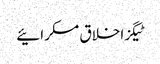
ٹیگزاخلاق مسکرائیے